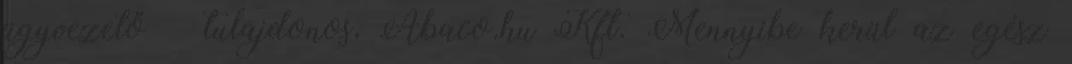
ügyvezető tulajdonos, Abaco.hu Kft. Mennyibe kerül az egész